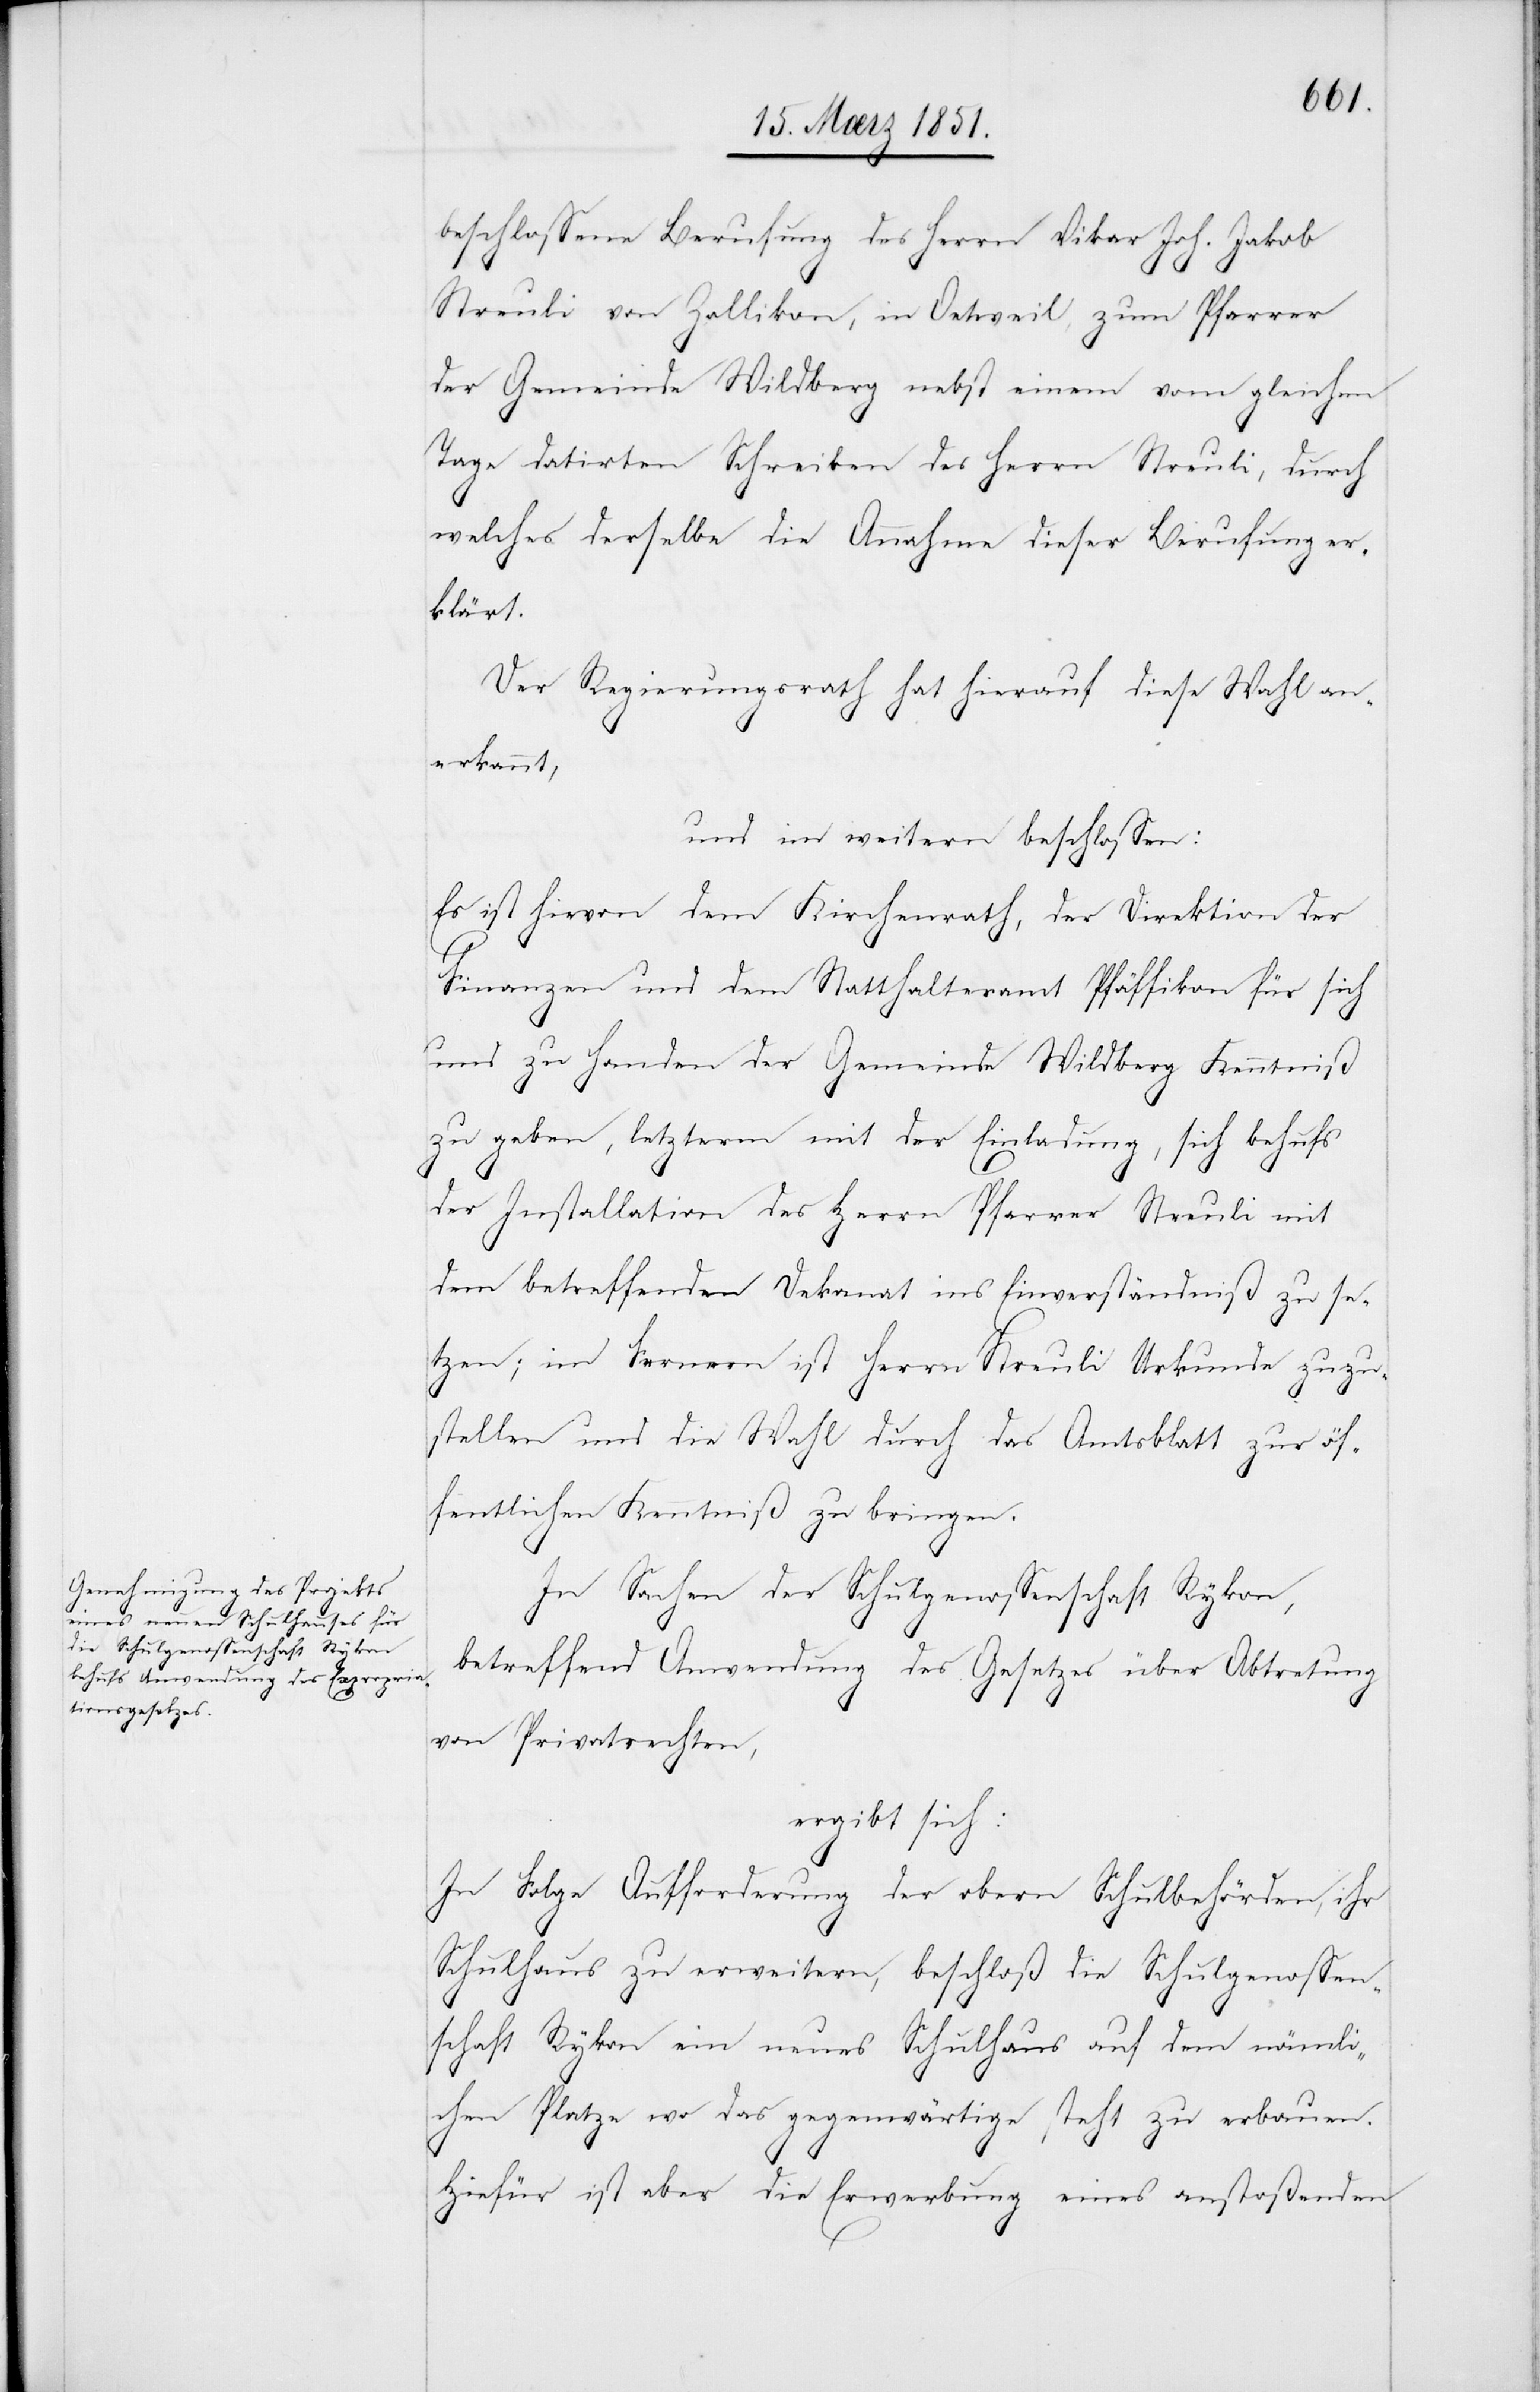
beschlossene Berufung des Herrn Vikar Joh. Jakob
Streuli von Zollikon, in Oetweil, zum Pfarrer
der Gemeinde Wildberg nebst einem vom gleichen
Tage datirten Schreiben des Herrn Streuli, durch
welches derselbe die Annahme dieser Berufung er¬
klärt.
Der Regierungsrath hat hierauf diese Wahl an¬
erkannt,
und im weitern beschlossen:
Es ist hievon dem Kirchenrath, der Direktion der
Finanzen und dem Statthalteramt Pfäffikon für sich
und zu Handen der Gemeinde Wildberg Kenntniß
zu geben, letzterm mit der Einladung, sich behufs
der Installation des Herrn Pfarrer Streuli mit
dem betreffenden Dekanat ins Einverständniß zu se¬
tzen; im Fernern ist Herrn Streuli Urkunde zuzu¬
stellen und die Wahl durch das Amtsblatt zur öf¬
fentlichen Kenntniß zu bringen.
In Sachen der Schulgenossenschaft Rykon,
betreffend Anwendung des Gesetzes über Abtretung
von Privatrechten,
ergibt sich:
In Folge Aufforderung der obern Schulbehörden, ihr
Schulhaus zu erweitern, beschloß die Schulgenossen¬
schaft Rykon ein neues Schulhaus auf dem nämli¬
chen Platze wo das gegenwärtige steht zu erbauen.
Hiefür ist aber die Erwerbung eines anstoßenden